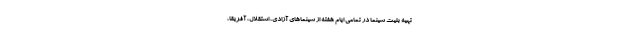
تهیه بلیت سینما در تمامی ایام هفته از سینماهای آزادی، استقلال، آفریقا،